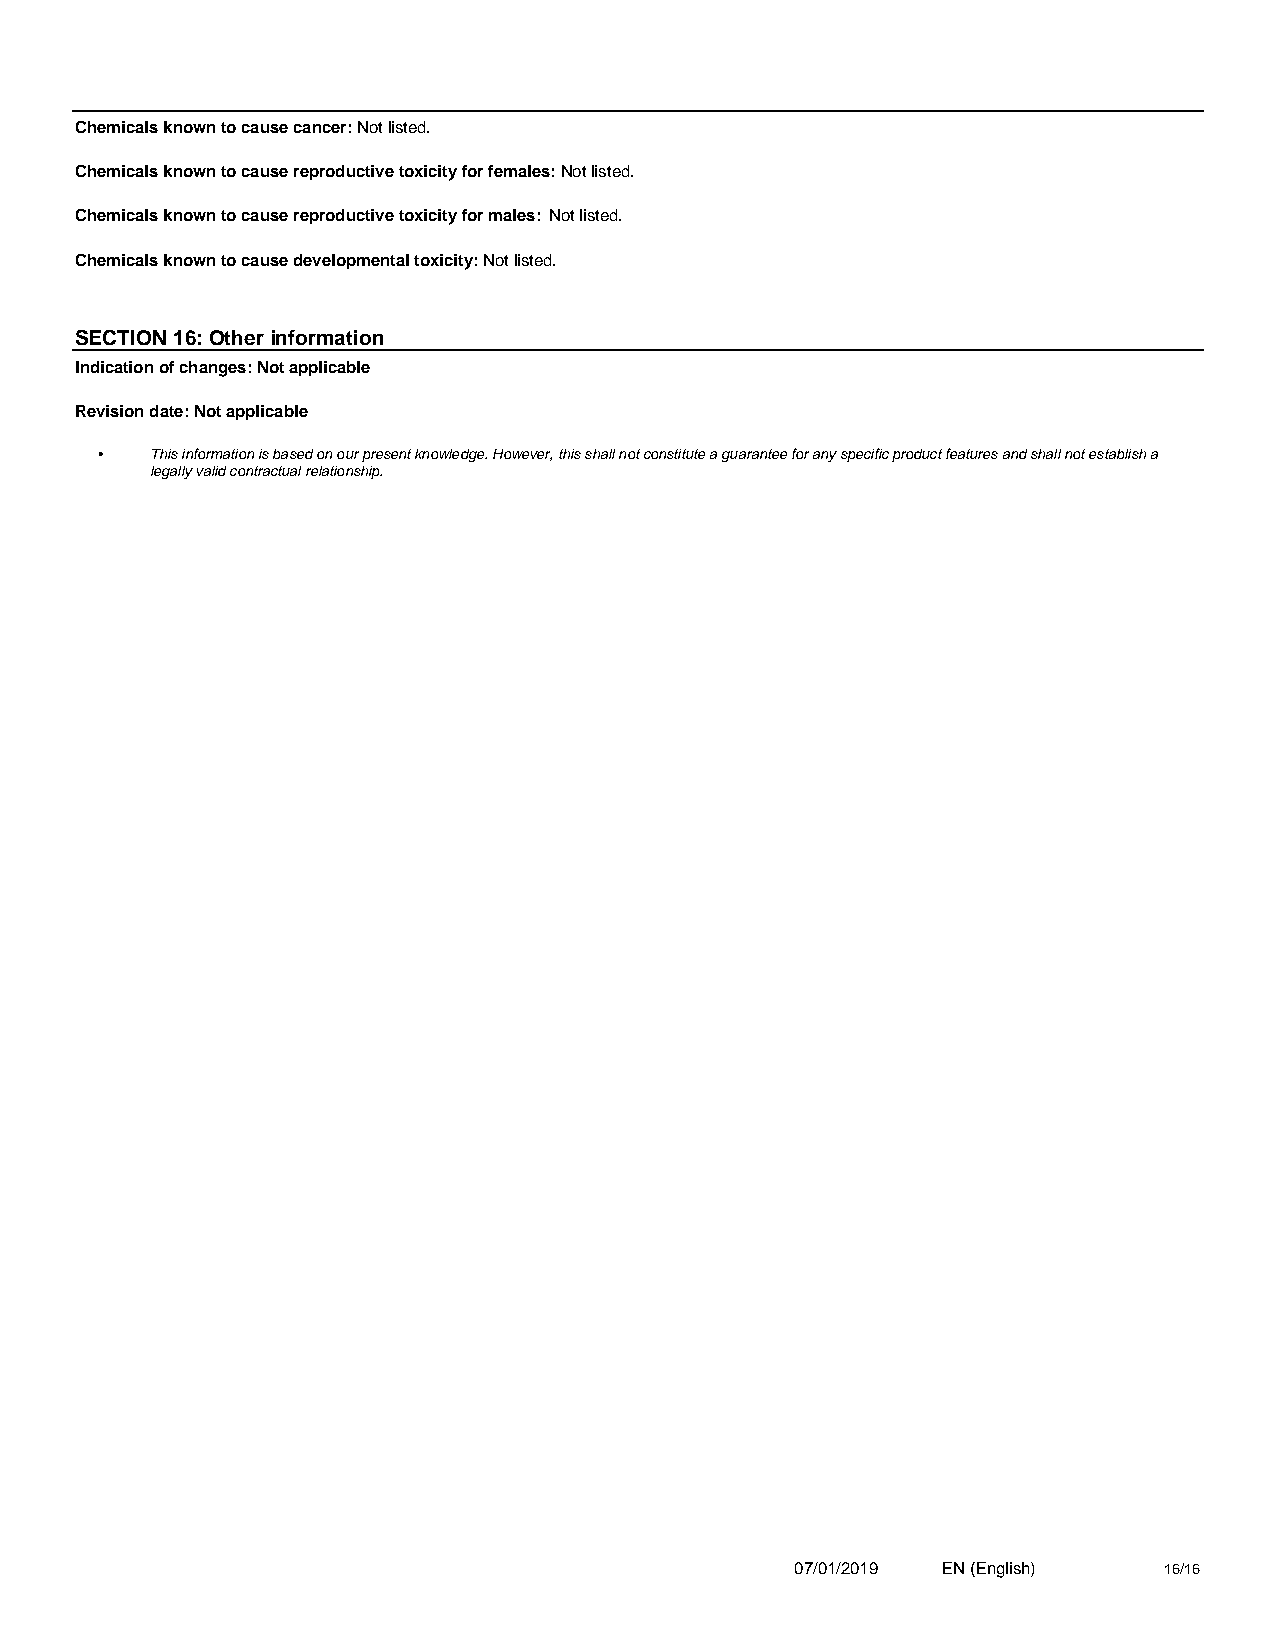
Chemicals known to cause cancer: Not listed.
 Chemicals known to cause reproductive toxicity for females: Not listed.
 Chemicals known to cause reproductive toxicity for males: Not listed.
 Chemicals known to cause developmental toxicity: Not listed.
 SECTION 16: Other information
 Indication of changes: Not applicable
 Revision date: Not applicable
 •   This information is based on our present knowledge. However, this shall not constitute a guarantee for any specific product features and shall not establish a
 legally valid contractual relationship.
 07/01/2019 EN (English) 16/16